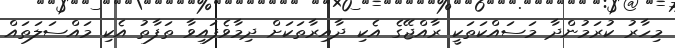
މިހާރު ކުރަމުންދާ މަސައްކަތަކީ ރާއްޖޭގެ އެކި ދާއިރާތަކަށް ދިމާވެފައިވާ ތަފާތު އެކި މައްސަލަތައް